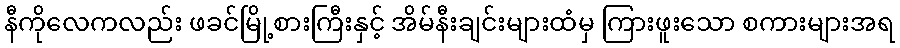
နီကိုလေကလည်း ဖခင်မြို့စားကြီးနှင့် အိမ်နီးချင်းများထံမှ ကြားဖူးသော စကားများအရ